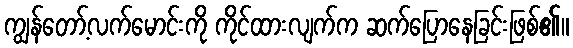
ကျွန်တော့်လက်မောင်းကို ကိုင်ထားလျက်က ဆက်ပြောနေခြင်းဖြစ်၏။